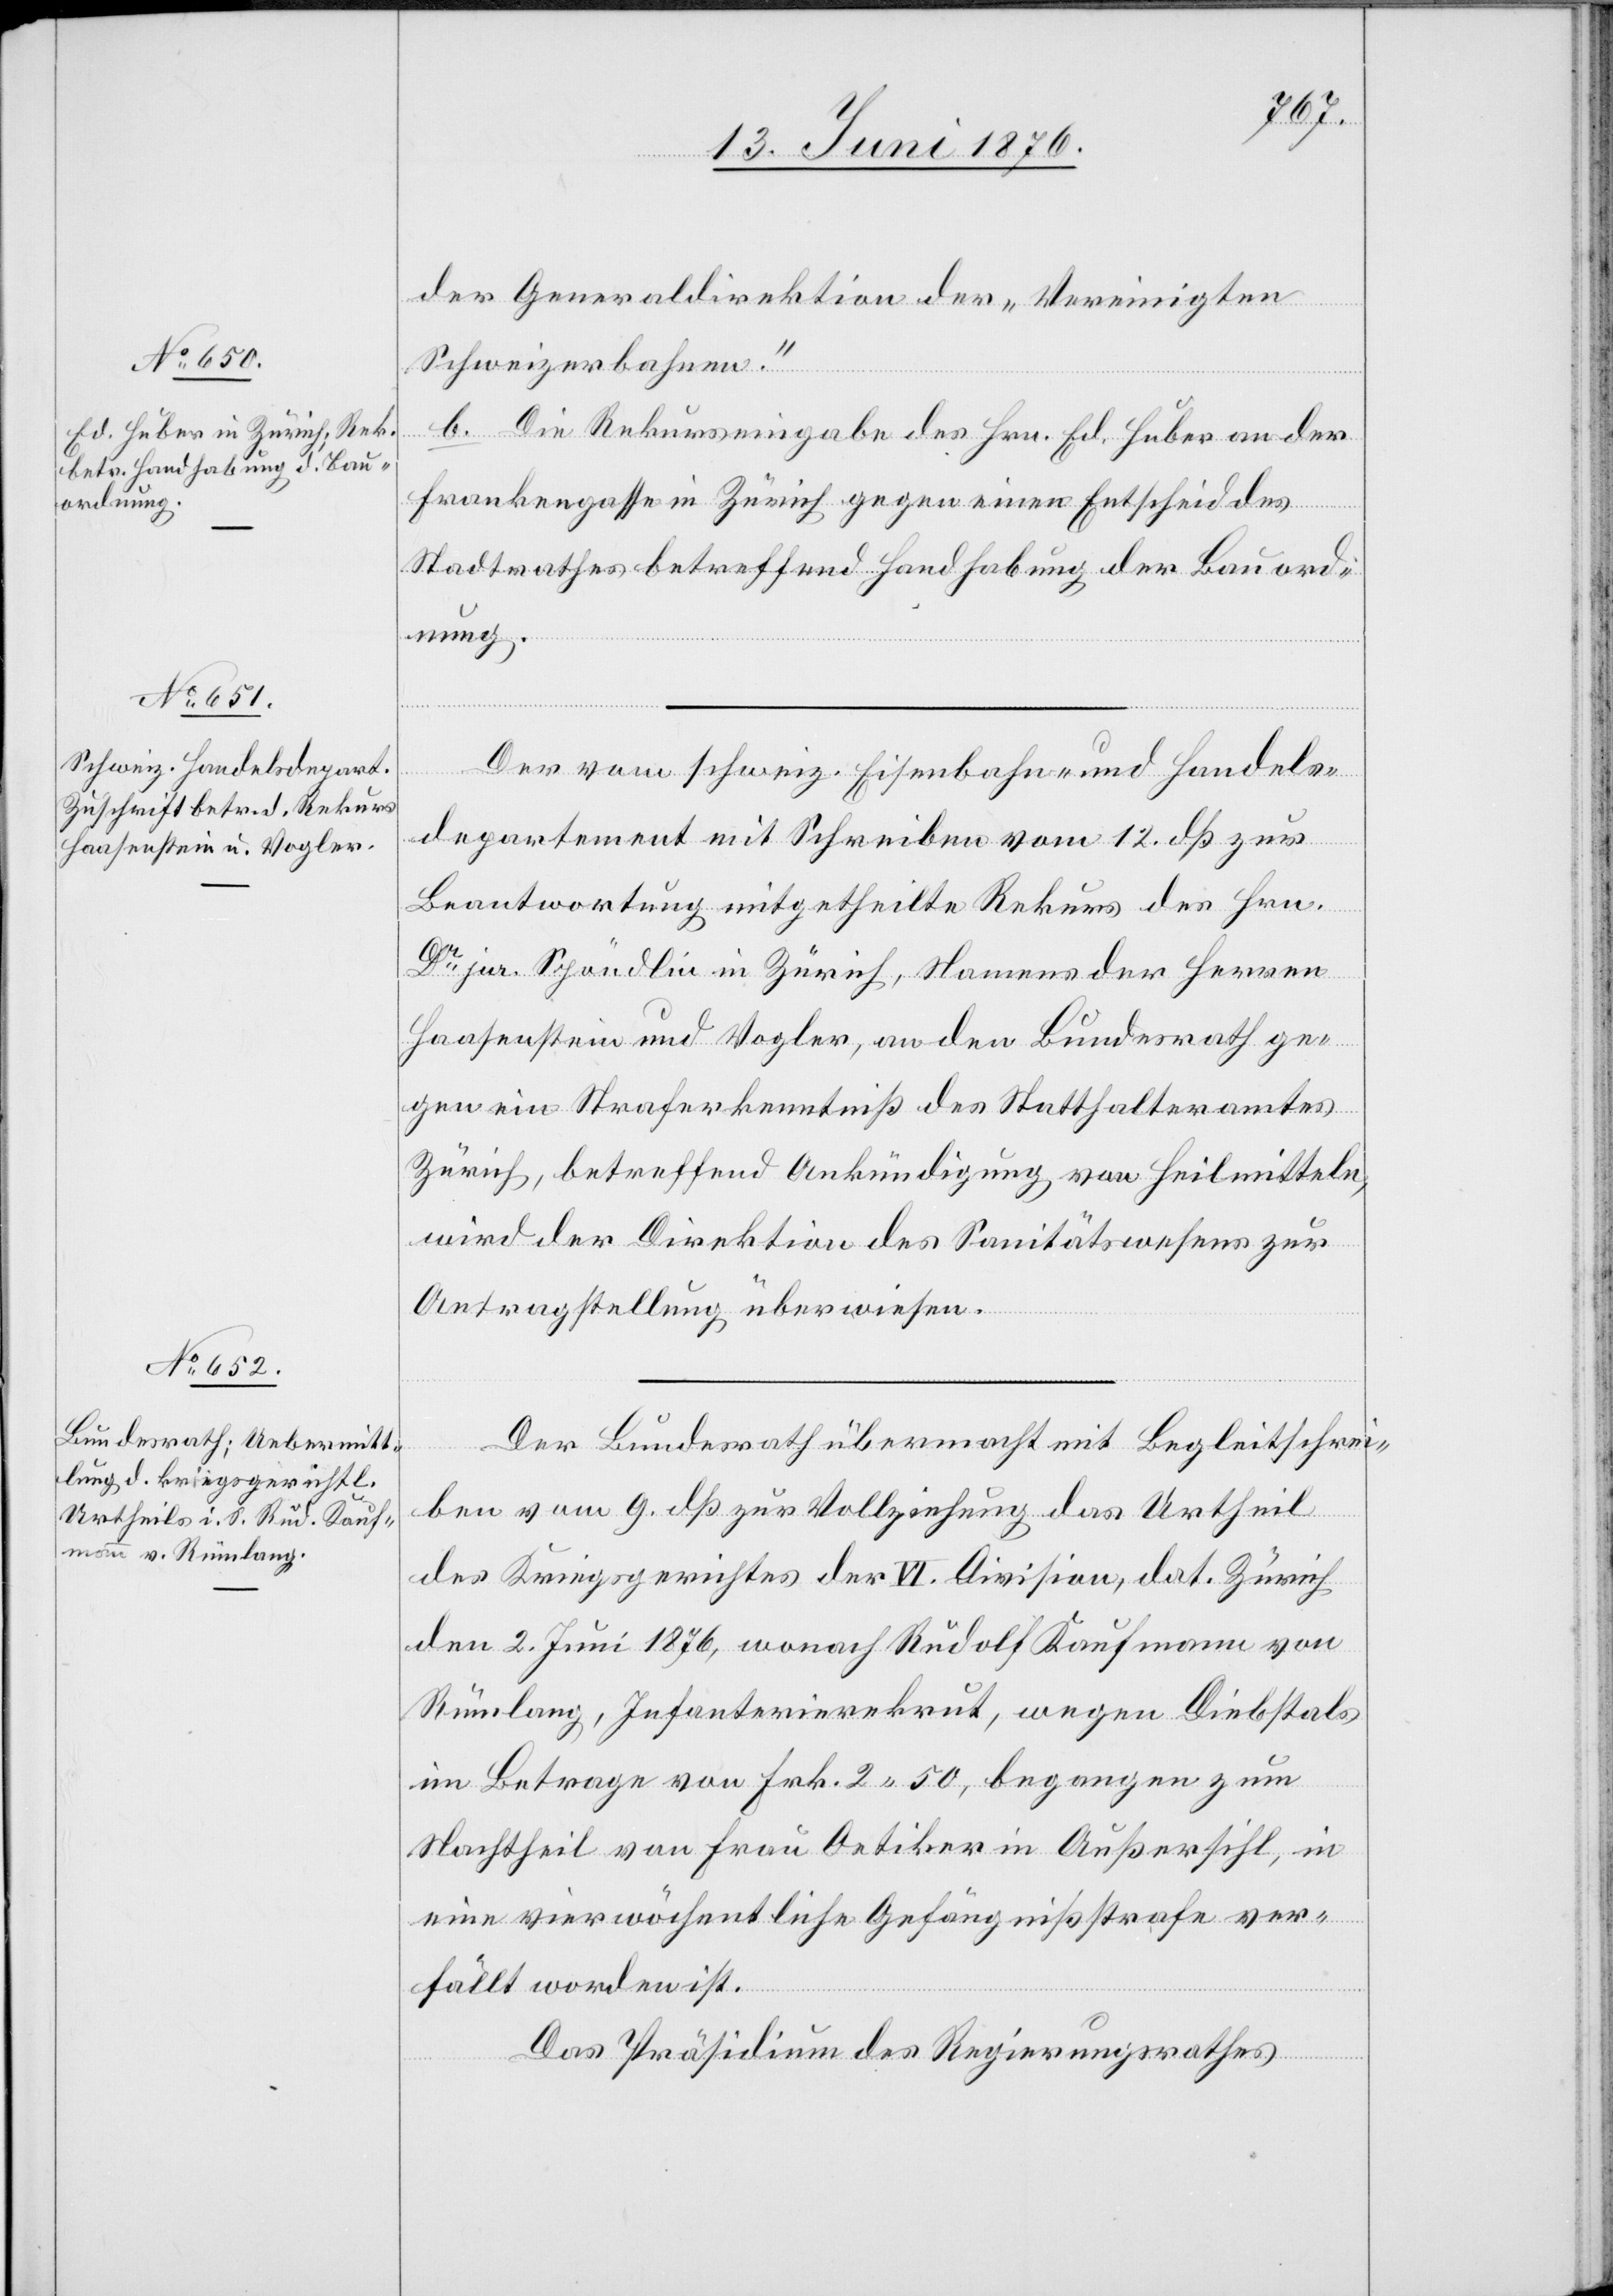
13. Juni 1876.]
der Generaldirektion der „Vereinigten
Schweizerbahnen.“
b. Die Rekurseingabe des Hrn. Ed. Huber an der
Frankengasse in Zürich gegen einen Entscheid des
Stadtrathes betreffend Handhabung der Bauord¬
nung.
Der vom schweiz. Eisenbahn- und Handels¬
departement mit Schreiben vom 12. dß zur
Beantwortung mitgetheilte Rekurs des Hrn.
Dr jur. Spöndlin in Zürich, Namens der Herren
Haasenstein und Vogler, an den Bundesrath ge¬
gen ein[e] Straferkenntniß des Statthalteramtes
Zürich, betreffend Ankündigung von Heilmitteln,
wird der Direktion des Sanitätswesens zur
Antragstellung überwiesen.
Der Bundesrath übermacht mit Begleitschrei¬
ben vom 9. dß zur Vollziehung das Urtheil
des Kriegsgerichtes der VI. Division, dat. Zürich
den 2. Juni 1876, wonach Rudolf Kaufmann von
Rümlang, Infanterierekrut, wegen Diebstals
im Betrage von Frk. 2 50, begangen zum
Nachtheil von Frau Oetiker in Außersihl, in
eine vier wöchentliche Gefängnißstrafe ver¬
fällt worden ist.
Das Präsidium des Regierungsrathes